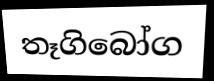
තෑගිබෝග